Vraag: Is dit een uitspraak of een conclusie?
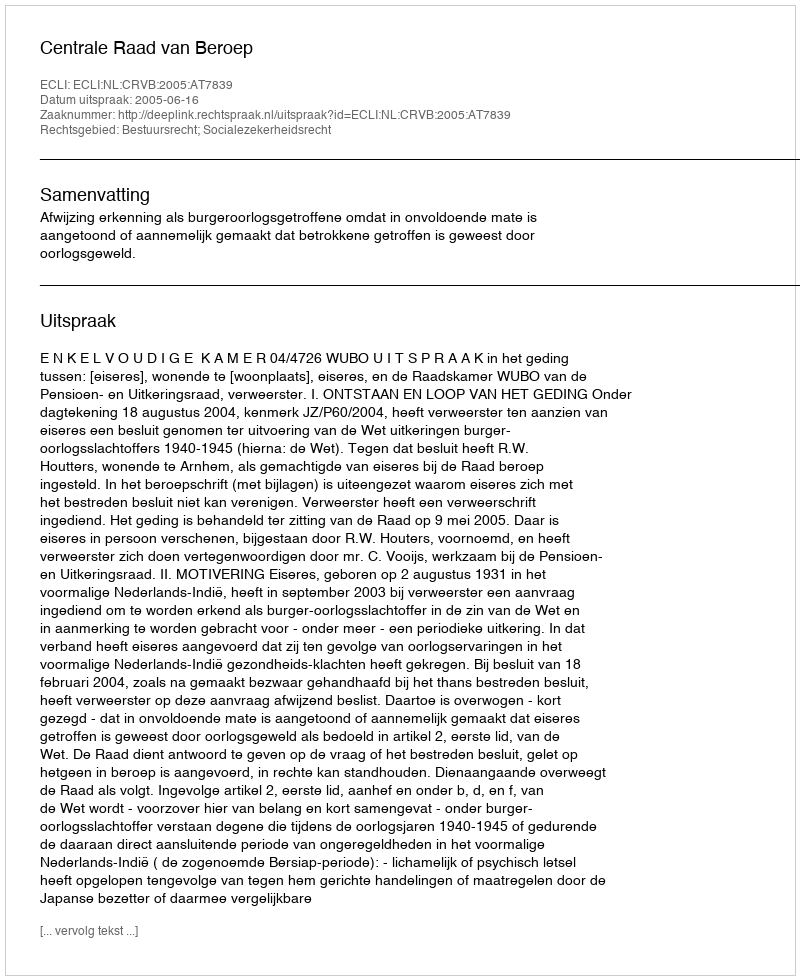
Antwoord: Uitspraak